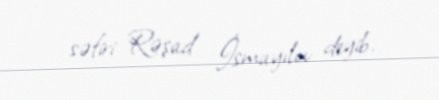
səfiri Rəşad İsmayılov deyib.